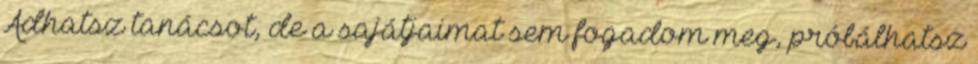
Adhatsz tanácsot, de a sajátjaimat sem fogadom meg, próbálhatsz